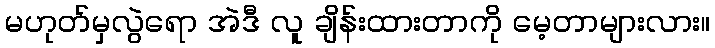
မဟုတ်မှလွဲရော အဲဒီ လူ ချိန်းထားတာကို မေ့တာများလား။